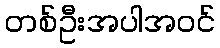
တစ်ဦးအပါအဝင်